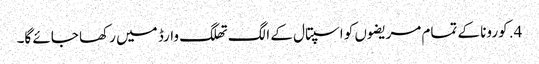
4. کورونا کے تمام مریضوں کو اسپتال کے الگ تھلگ وارڈ میں رکھا جائے گا۔